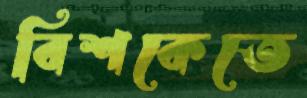
বিশকেতে